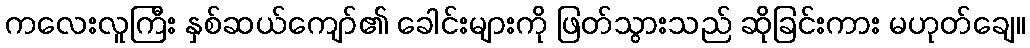
ကလေးလူကြီး နှစ်ဆယ်ကျော်၏ ခေါင်းများကို ဖြတ်သွားသည် ဆိုခြင်းကား မဟုတ်ချေ။